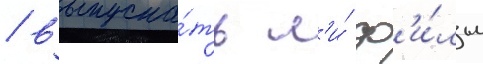
/ выпуска́ть л'и́ ф'и́льм